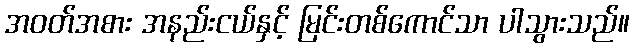
အဝတ်အစား အနည်းငယ်နှင့် မြင်းတစ်ကောင်သာ ပါသွားသည်။